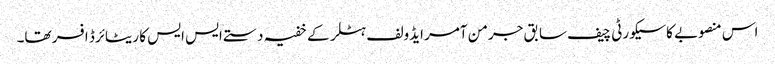
اس منصوبے کا سیکورٹی چیف سابق جرمن آمر ایڈولف ہٹلر کے خفیہ دستے ایس ایس کا ریٹائرڈ افسر تھا۔